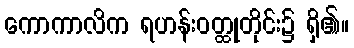
ကောကာလိက ရဟန်းဝတ္ထုတိုင်း၌ ရှိ၏။